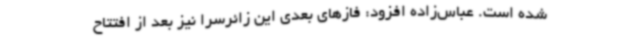
شده است. عباس‌زاده افزود: فازهای بعدی این زائرسرا نیز بعد از افتتاح